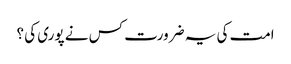
امت کی یہ ضرورت کس نے پوری کی ؟